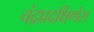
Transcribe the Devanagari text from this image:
चंद्रप्रदक्षिणेस